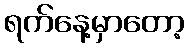
ရက်နေ့မှာတော့